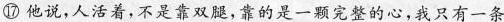
⑰ 他说，人活着，不是靠双腿，靠的是一颗完整的心，我只有一条